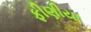
ફીણીયા